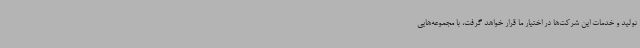
تولید و خدمات این شرکت‌ها در اختیار ما قرار خواهد گرفت، با مجموعه‌هایی